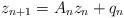
LaTeX: \begin{align*}z_{n+1}=A_{n}z_{n}+q_{n}\end{align*}